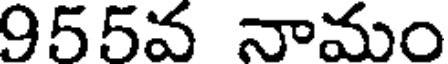
955వ నామం